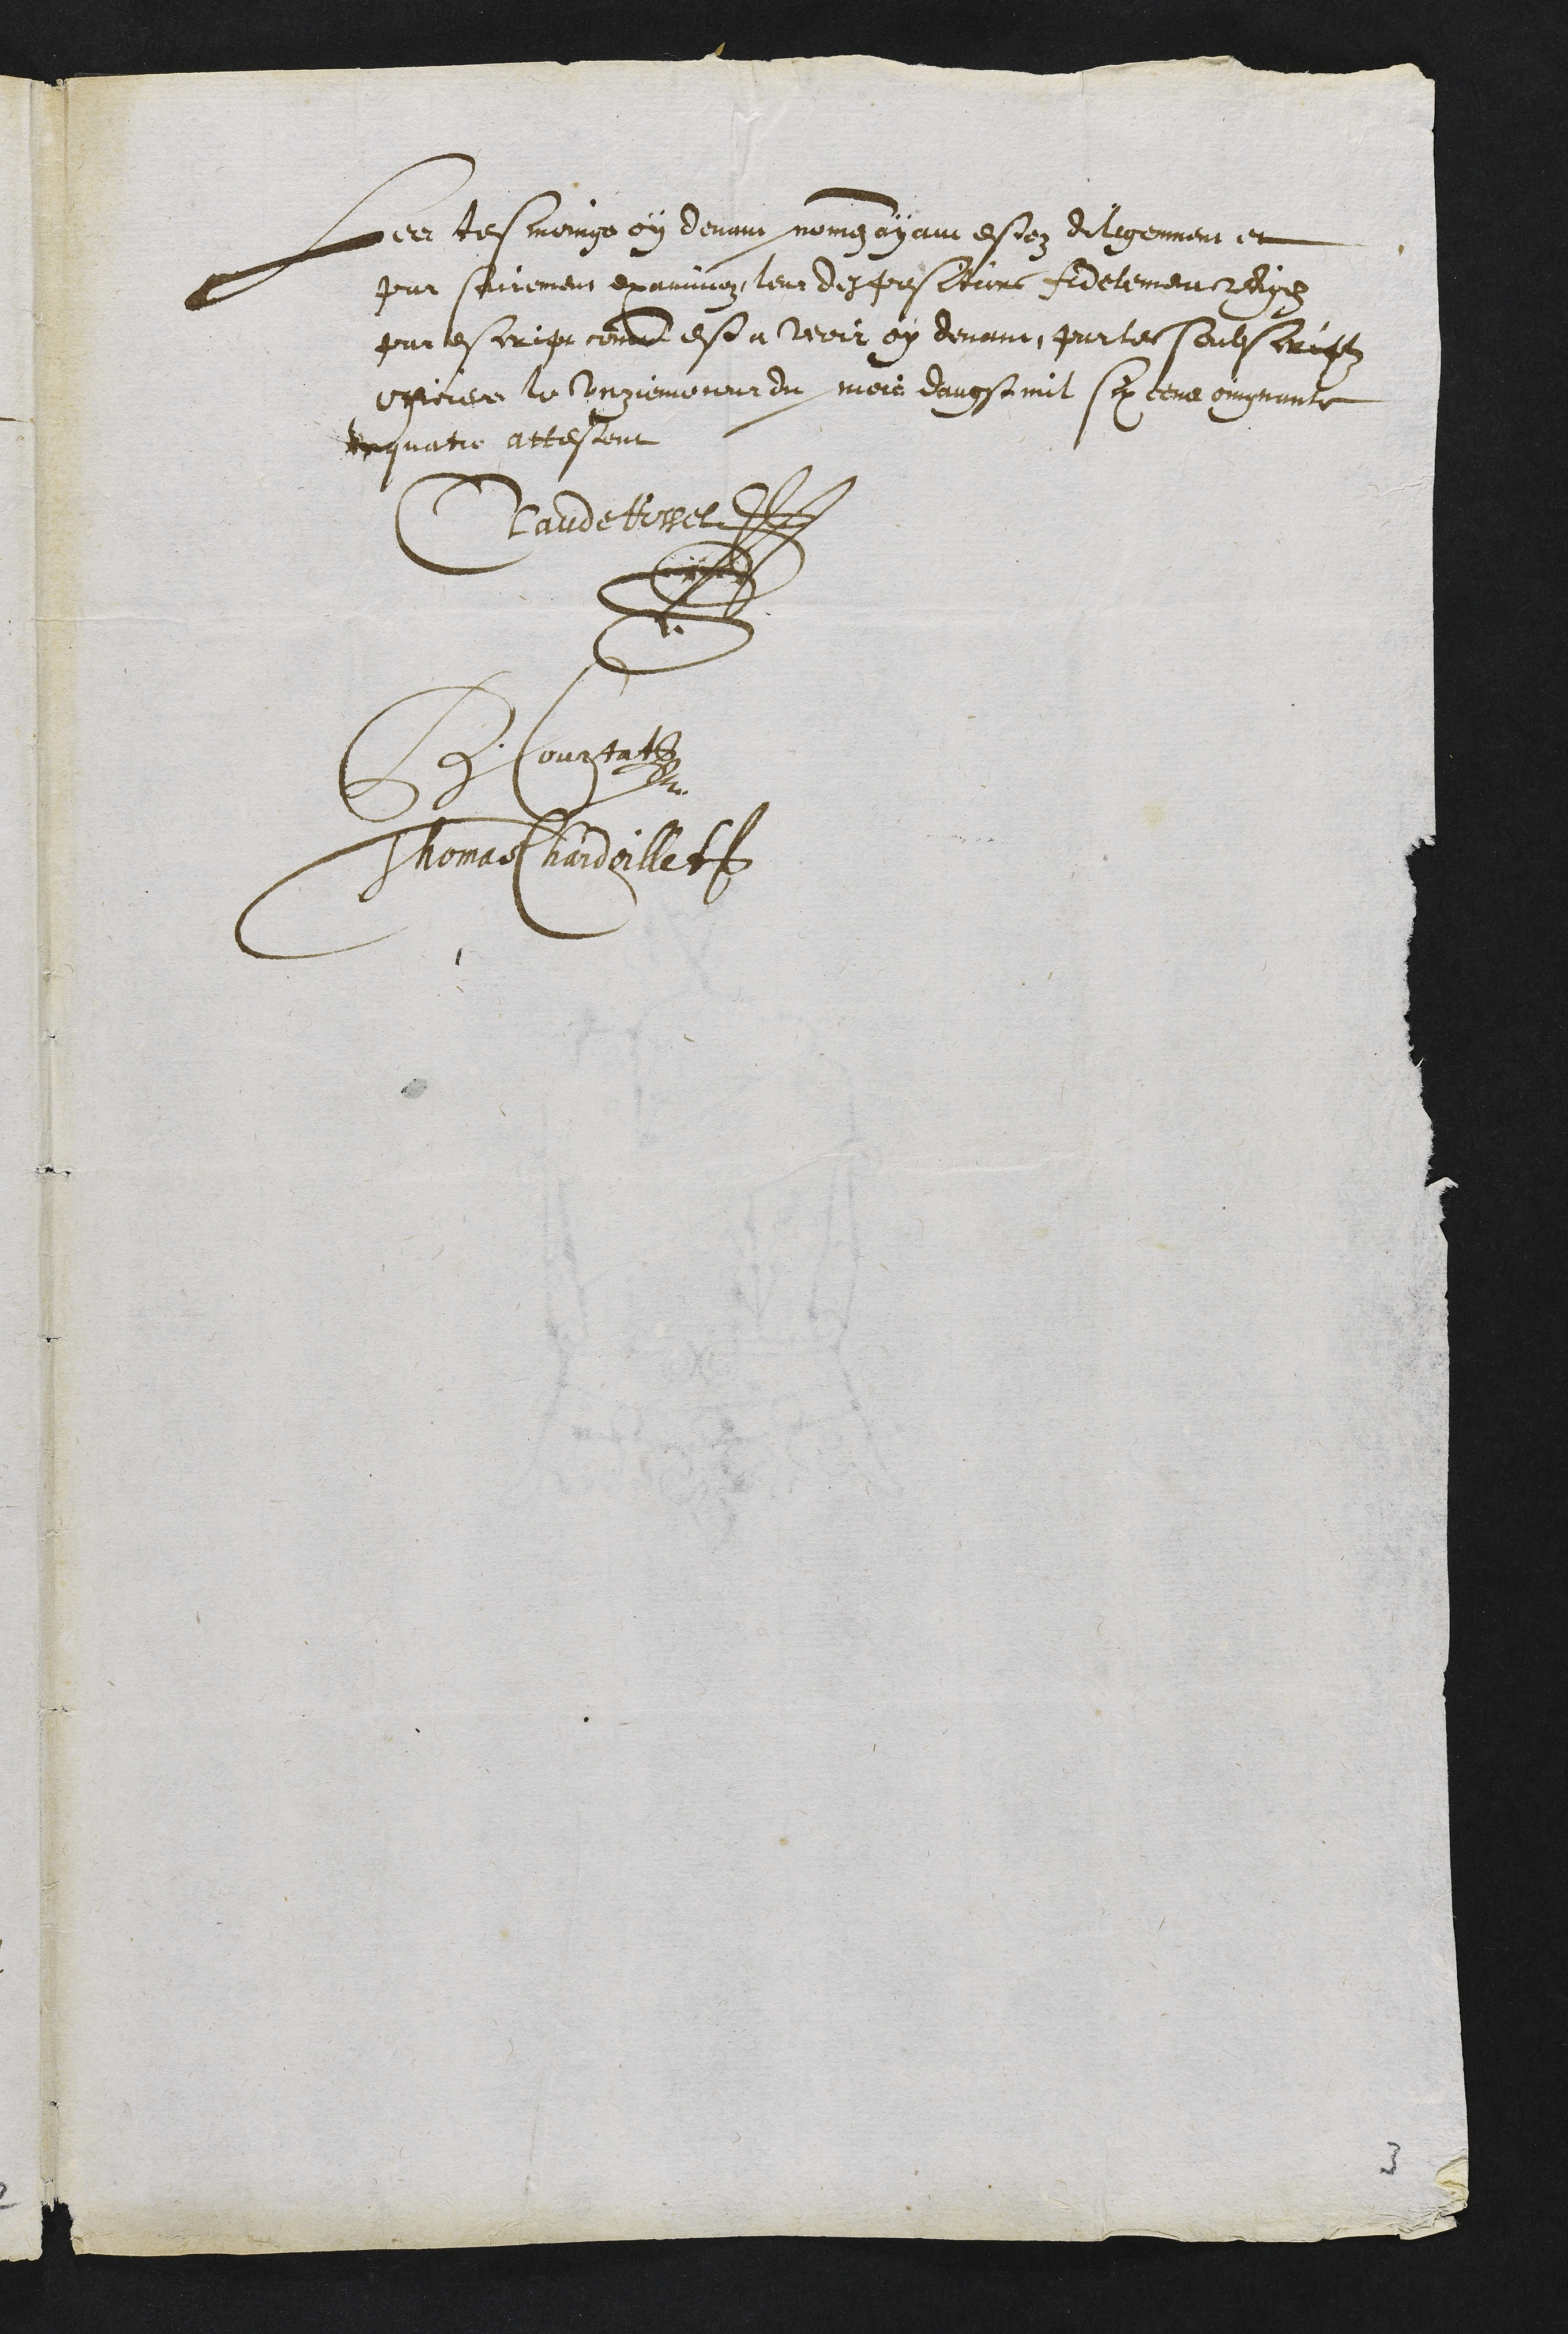
Les tesmoux ey demnns mong o an e soen di lgemen en
pun seirement examinoz leur despoistturs fidelement redie
pur escrip comme est a veoir oy devant partes soubscrigez
epporere le Ungiemeneut du mois davestmit so cens ougnante
rquatie attestent
Claurdetrres
De Couppafs
Thonait hardeillet